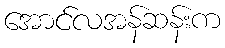
အောင်လအန်ဆန်းက